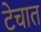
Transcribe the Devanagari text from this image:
टेचात